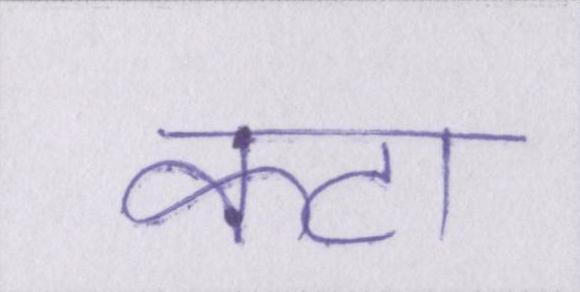
कटा